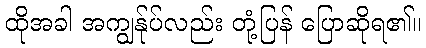
ထိုအခါ အကျွန်ုပ်လည်း တုံ့ပြန် ပြောဆိုရ၏။